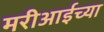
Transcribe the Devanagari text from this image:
मरीआईच्या